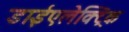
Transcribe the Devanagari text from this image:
डाईएलेक्ट्रिक